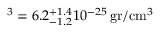
^ 3 = 6 . 2 _ { - 1 . 2 } ^ { + 1 . 4 } 1 0 ^ { - 2 5 } \, \mathrm { g r } / \mathrm { c m } ^ { 3 }